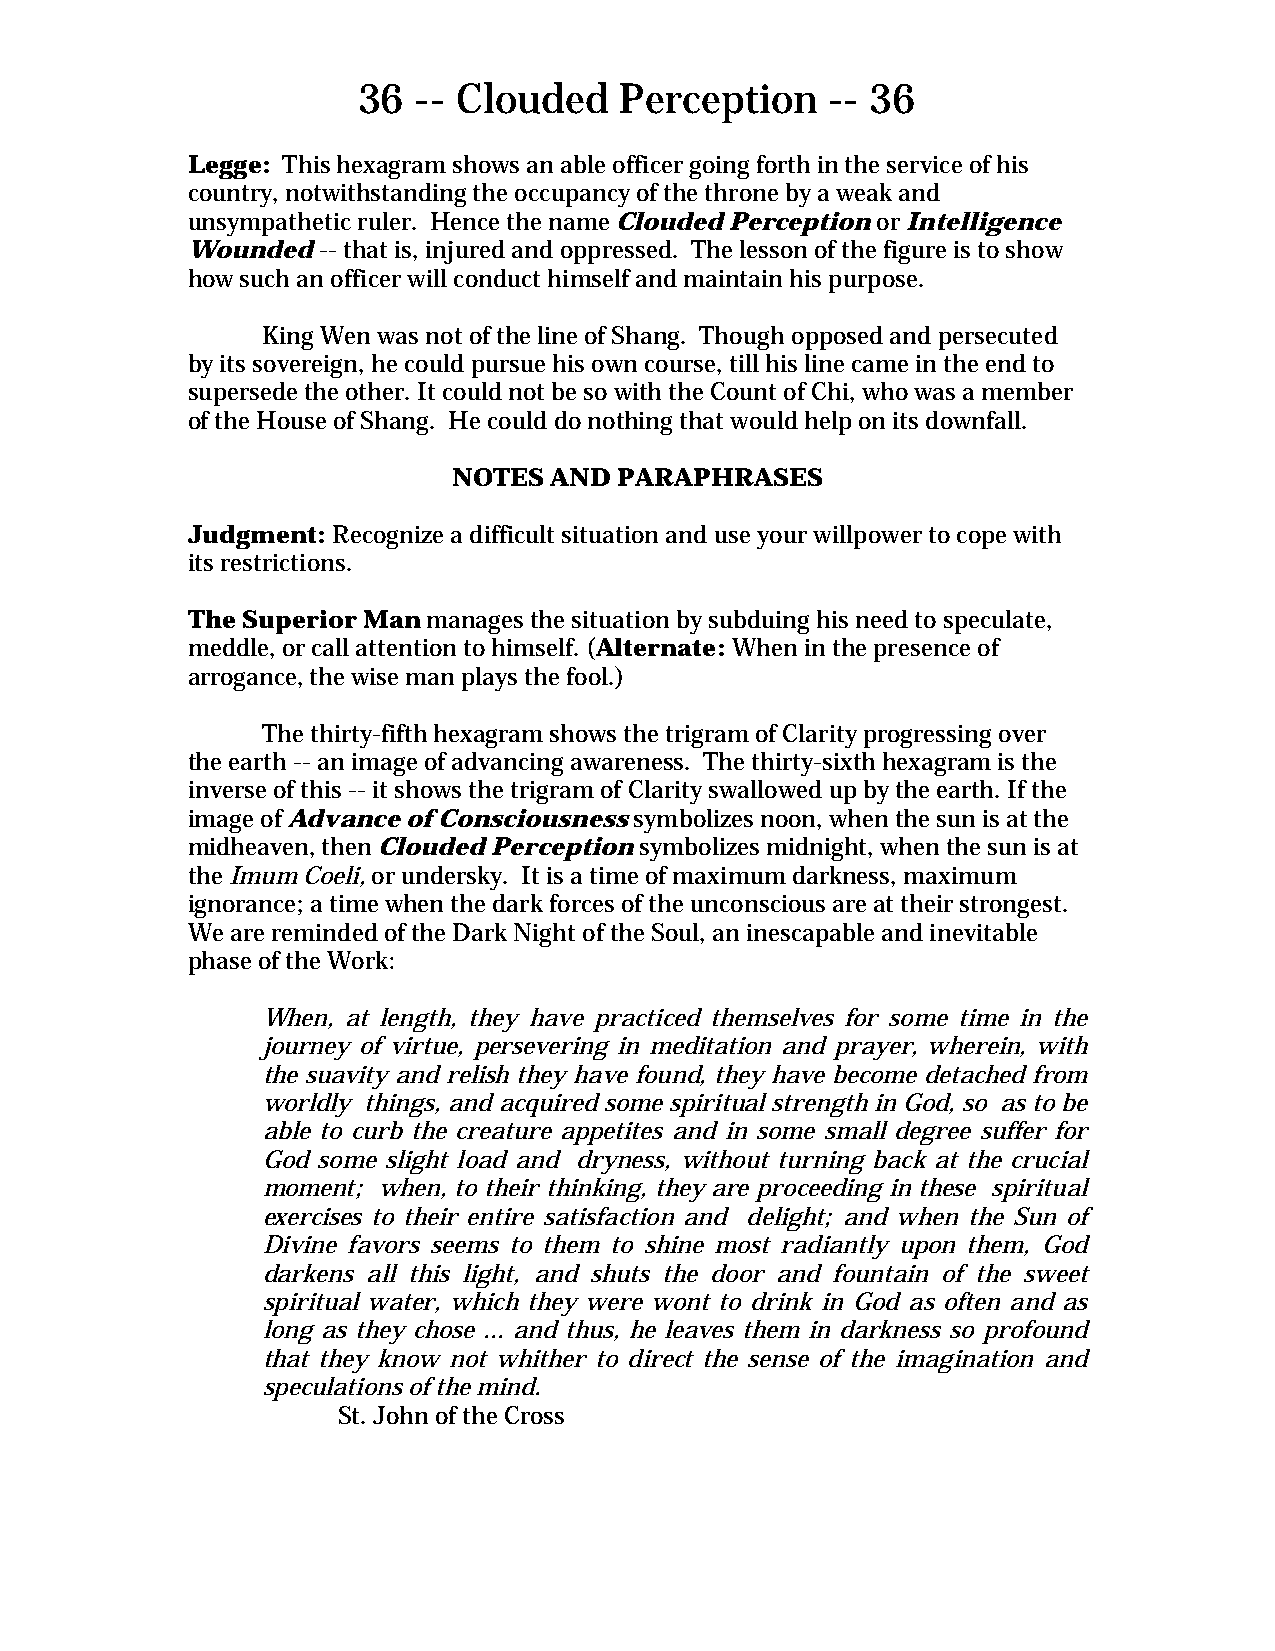
36 -- Clouded    Perception    -- 36
 Legge: This hexagram shows an able officer going forth in the service of his
 country, notwithstanding the occupancy of the throne by a weak and
 unsympathetic ruler. Hence the name Clouded Perception or Intelligence
 Wounded  -- that is, injured and oppressed. The lesson of the figure is to show
 how such an officer will conduct himself and maintain his purpose.
 King Wen was not of the line of Shang. Though opposed and persecuted
 by its sovereign, he could pursue his own course, till his line came in the end to
 supersede the other. It could not be so with the Count of Chi, who was a member
 of the House of Shang. He could do nothing that would help on its downfall.
 NOTES AND  PARAPHRASES
 Judgment: Recognize a difficult situation and use your willpower to cope with
 its restrictions.
 The Superior Man manages the situation by subduing his need to speculate,
 meddle, or call attention to himself. (Alternate: When in the presence of
 arrogance, the wise man plays the fool.)
 The thirty-fifth hexagram shows the trigram of Clarity progressing over
 the earth -- an image of advancing awareness. The thirty-sixth hexagram is the
 inverse of this -- it shows the trigram of Clarity swallowed up by the earth. If the
 image of Advance of Consciousness symbolizes noon, when the sun is at the
 midheaven, then Clouded Perception symbolizes midnight, when the sun is at
 the Imum Coeli, or undersky. It is a time of maximum darkness, maximum
 ignorance; a time when the dark forces of the unconscious are at their strongest.
 We are reminded of the Dark Night of the Soul, an inescapable and inevitable
 phase of the Work:
 When, at length, they have practiced themselves for some time in the
 journey of virtue, persevering in meditation and prayer, wherein, with
 the suavity and relish they have found, they have become detached from
 worldly things, and acquired some spiritual strength in God, so as to be
 able to curb the creature appetites and in some small degree suffer for
 God some slight load and dryness, without turning back at the crucial
 moment; when, to their thinking, they are proceeding in these spiritual
 exercises to their entire satisfaction and delight; and when the Sun of
 Divine favors seems to them to shine most radiantly upon them, God
 darkens all this light, and shuts the door and fountain of the sweet
 spiritual water, which they were wont to drink in God as often and as
 long as they chose ... and thus, he leaves them in darkness so profound
 that they know not whither to direct the sense of the imagination and
 speculations of the mind.
 St. John of the Cross